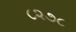
૮૨૭૮